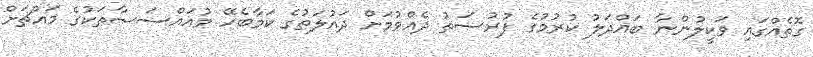
ގޮތެއްގައި ވަކީލުންނާ ބައްދަލު ކުރުމުގެ ފުރުސަތު ދެއްވުމަށް ދައުލަތުގެ ކަމާބެހޭ މުއައްސަސާތަކުގެ މައްޗަށް